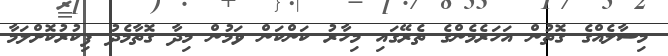
މިސާލެއްގެ ގޮތުން އަހަރެމެންގެ ތެރޭގައި މިހާރު ކަންކަން ވަމުން މިދާ ގޮތާމެދު ފިކުރުކޮށްލަމާ